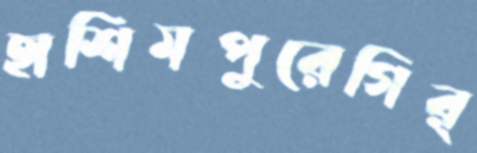
হাশিমপুরেগির্